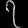
Digit: ၇